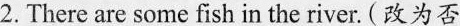
2.There are some fish in the river. (改为否